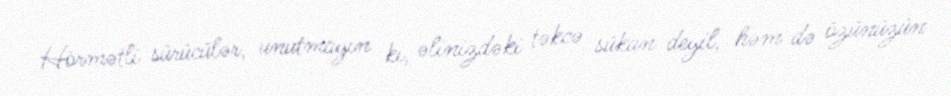
Hörmətli sürücülər, unutmayın ki, əlinizdəki təkcə sükan deyil, həm də özünüzün